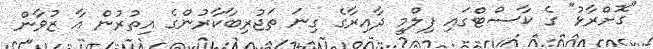
"ގޮށްރާޅު" ގެ ކާސްޓްގައި ފިލްމީ ދާއިރާގެ ގިނަ ތަޖުރިބާކާރުންގެ އިތުރުން އާ ޒުވާން